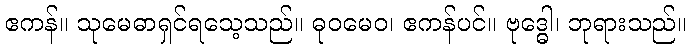
ဧကန်။ သုမေဓာရှင်ရသေ့သည်။ ဓုဝမေဝ၊ ဧကန်ပင်။ ဗုဒ္ဓေါ၊ ဘုရားသည်။